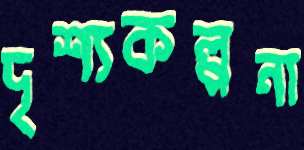
দৃশ্যকল্পনা